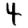
Digit: 4